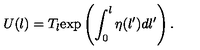
U ( l ) = T _ { l } \mathrm { e x p } \left( \int _ { 0 } ^ { l } \eta ( l ^ { \prime } ) d l ^ { \prime } \right) .